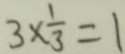
3 \times \frac { 1 } { 3 } = 1